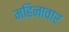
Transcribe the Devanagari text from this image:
महिनावार